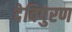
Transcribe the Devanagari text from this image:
देविपुरण